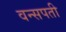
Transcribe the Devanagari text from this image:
वन्सपती